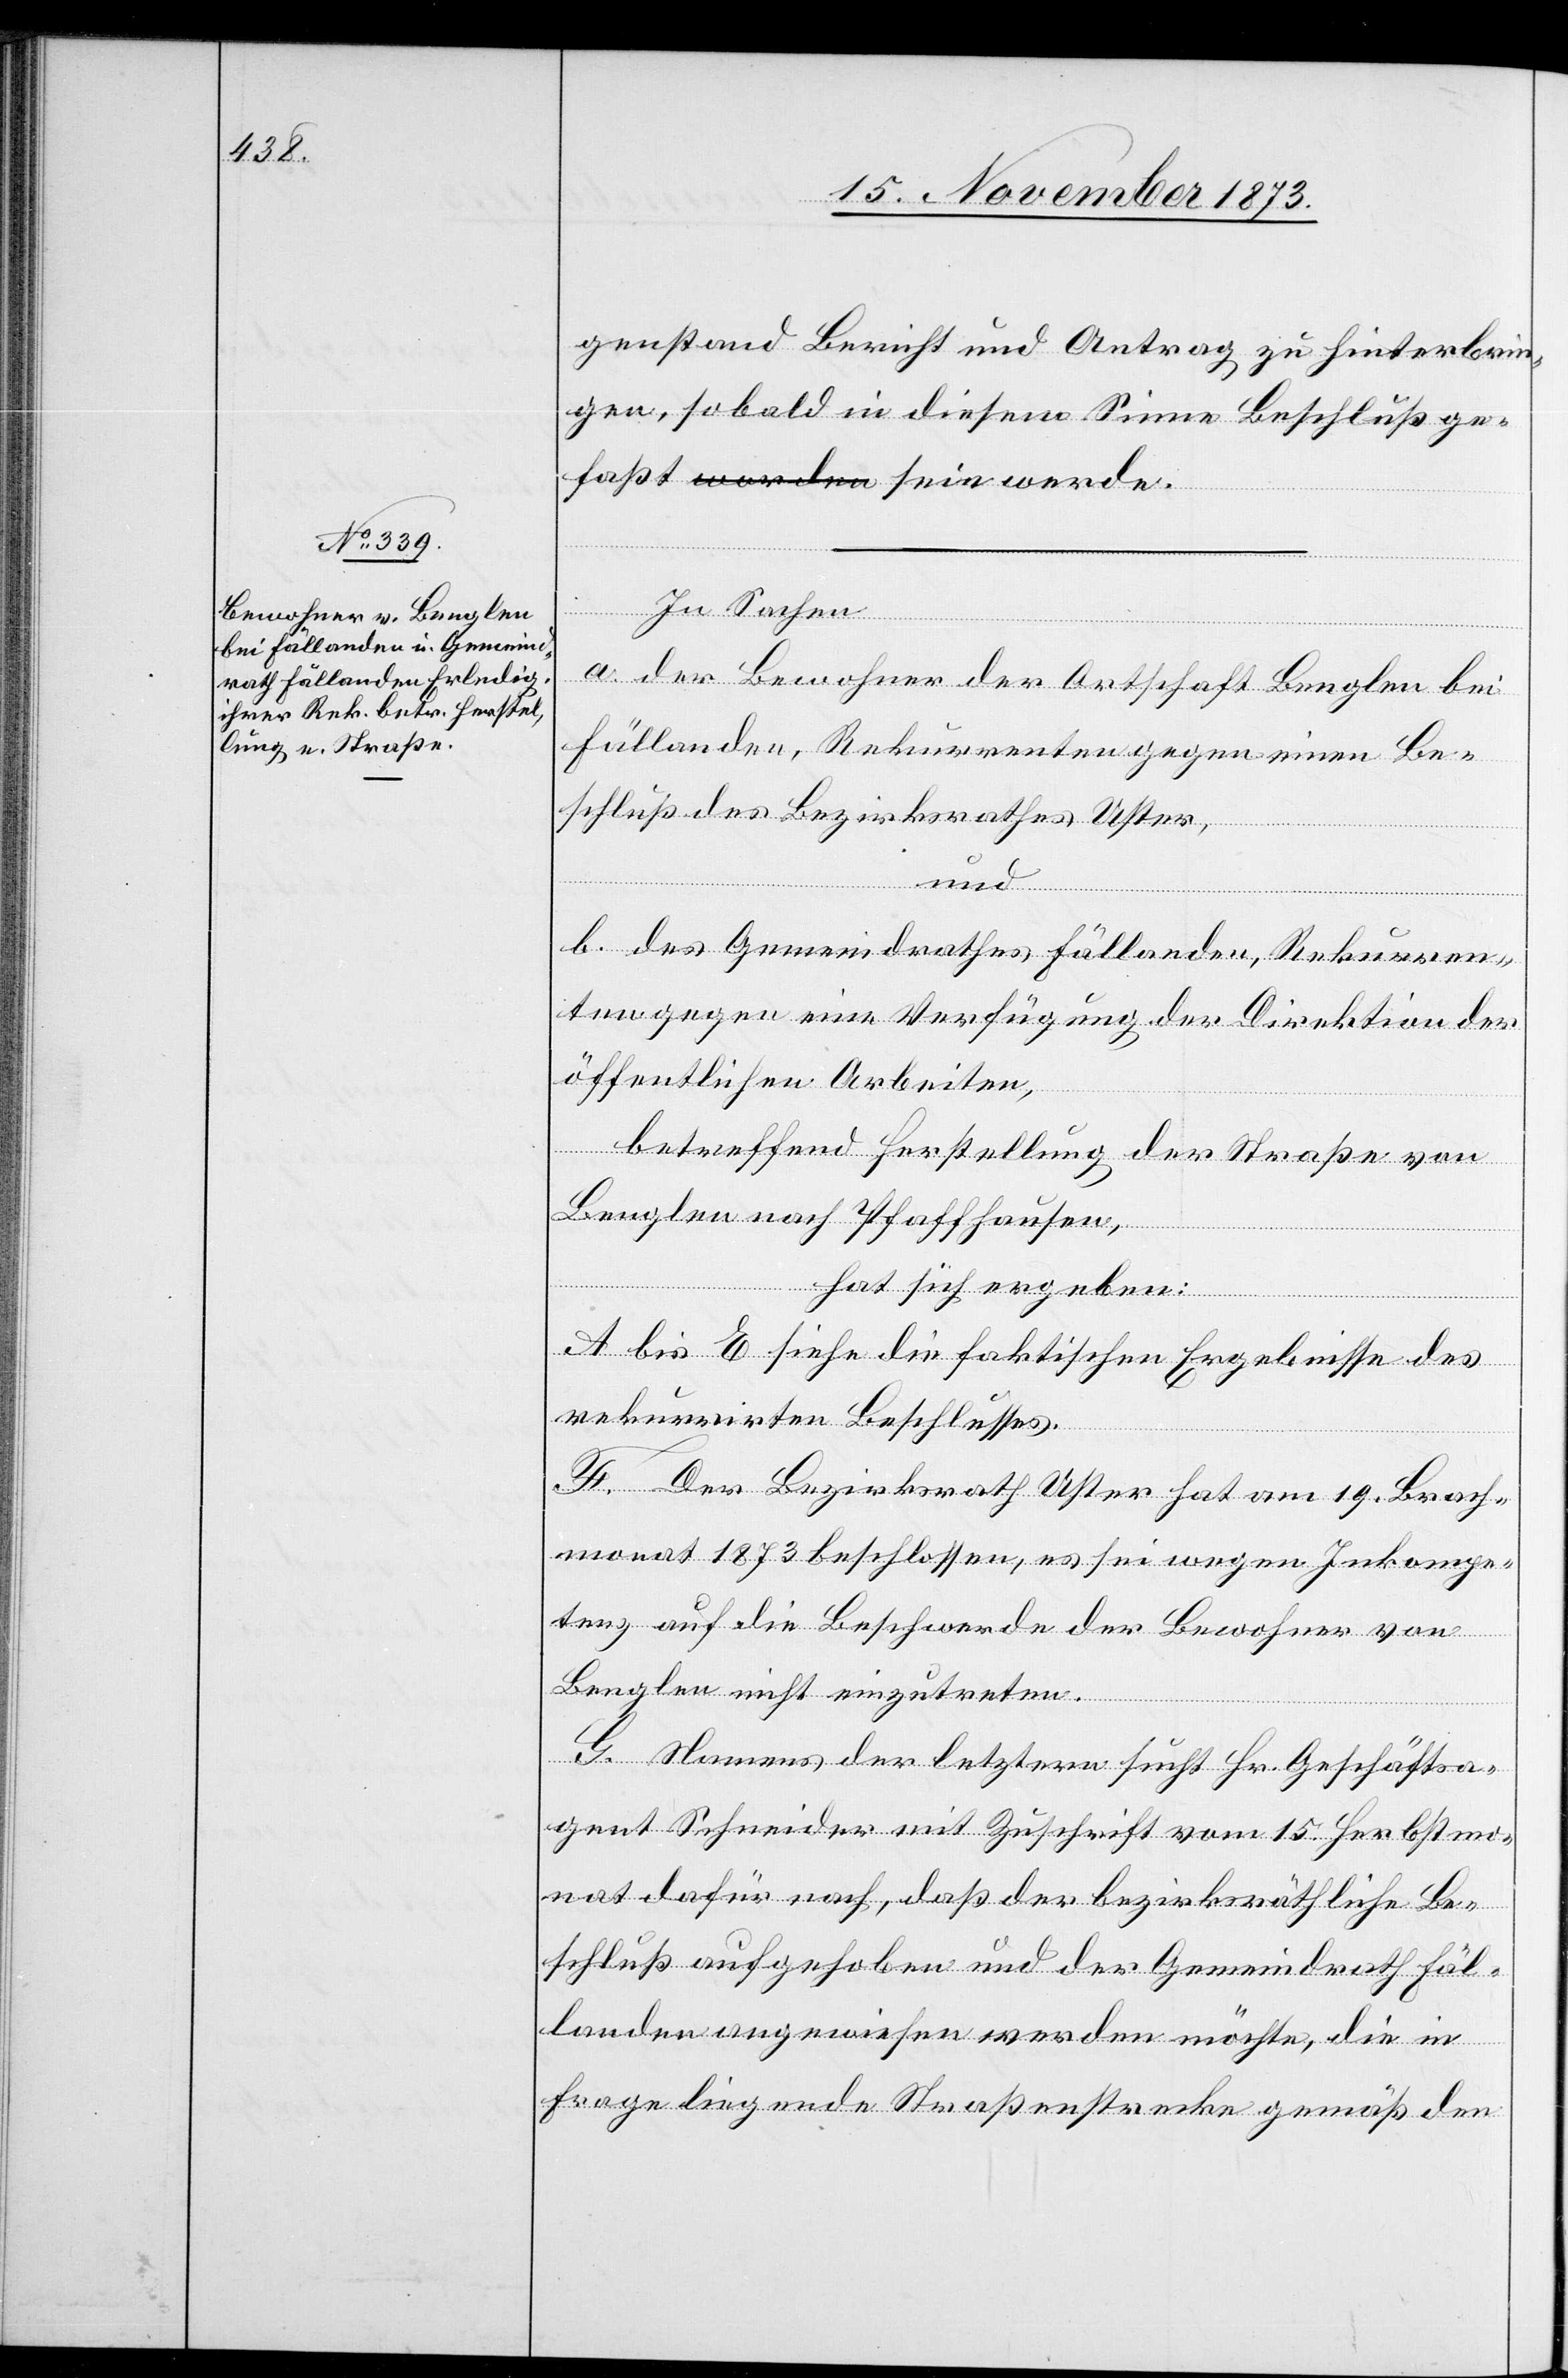
genstand Bericht und Antrag zu hinterbrin¬
gen, sobald in diesem Sinne Beschluß ge¬
In Sachen
a. der Bewohner der Ortschaft Benglen bei
Fällanden, Rekurrenten gegen einen Be¬
schluß des Bezirksrathes Uster,
und
rde.
b. des Gemeindrathes Fällanden, Rekurren¬
ten gegen eine Verfügung der Direktion der
öffentlichen Arbeiten,
betreffend Herstellung der Straße von
Benglen nach Pfaffhausen,
hat sich ergeben:
A bis E siehe die faktischen Ergebnisse des
rekurrirten Beschlusses.
F. Der Bezirksrath Uster hat am 19. Brach¬
monat 1873 beschlossen, es sei wegen Inkompe¬
tenz auf die Beschwerde der Bewohner von
Benglen nicht einzutreten.
G. Namens der letztern sucht Hr. Geschäftsa¬
gent Schneider mit Zuschrift vom 15. Herbstmo¬
nat dafür nach, daß der bezirksräthliche Be¬
schluß aufgehoben und der Gemeindrath Fäl¬
landen angewiesen werden möchte, die in
Frage liegende Straßenstrecke gemäß den

we¬